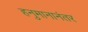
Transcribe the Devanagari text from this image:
हनुमानानंतर